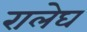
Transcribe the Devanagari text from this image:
रालेघ